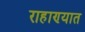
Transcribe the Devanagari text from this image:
राहाण्यात